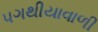
પગથીયાવાળી